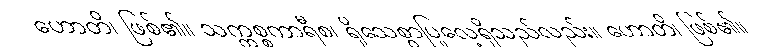
ဟောတိ၊ ဖြစ်၏။ သက္ကစ္စကာရီစ၊ ရိုသေစွာပြုလေ့ရှိသည်လည်း။ ဟောတိ၊ ဖြစ်၏။